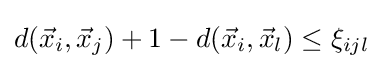
d({\vec {x}}_{i},{\vec {x}}_{j})+1-d({\vec {x}}_{i},{\vec {x}}_{l})\leq \xi _{ijl}